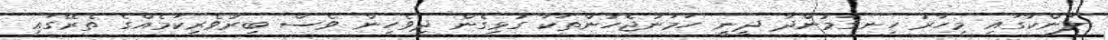
ލަންކާގައި މިހާރު ހިނގަމުންދާ ދީނީ ހަމަނުޖެހުންތަކާ ގުޅިގެން ދިވެހިން ވެސް ބިރުވެރިކަމެއްގެ ތެރޭގައި